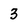
Character: 3